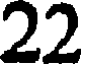
22